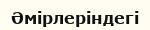
Әмірлеріндегі